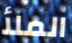
الملأ